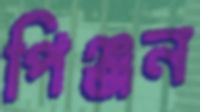
পিঞ্জন